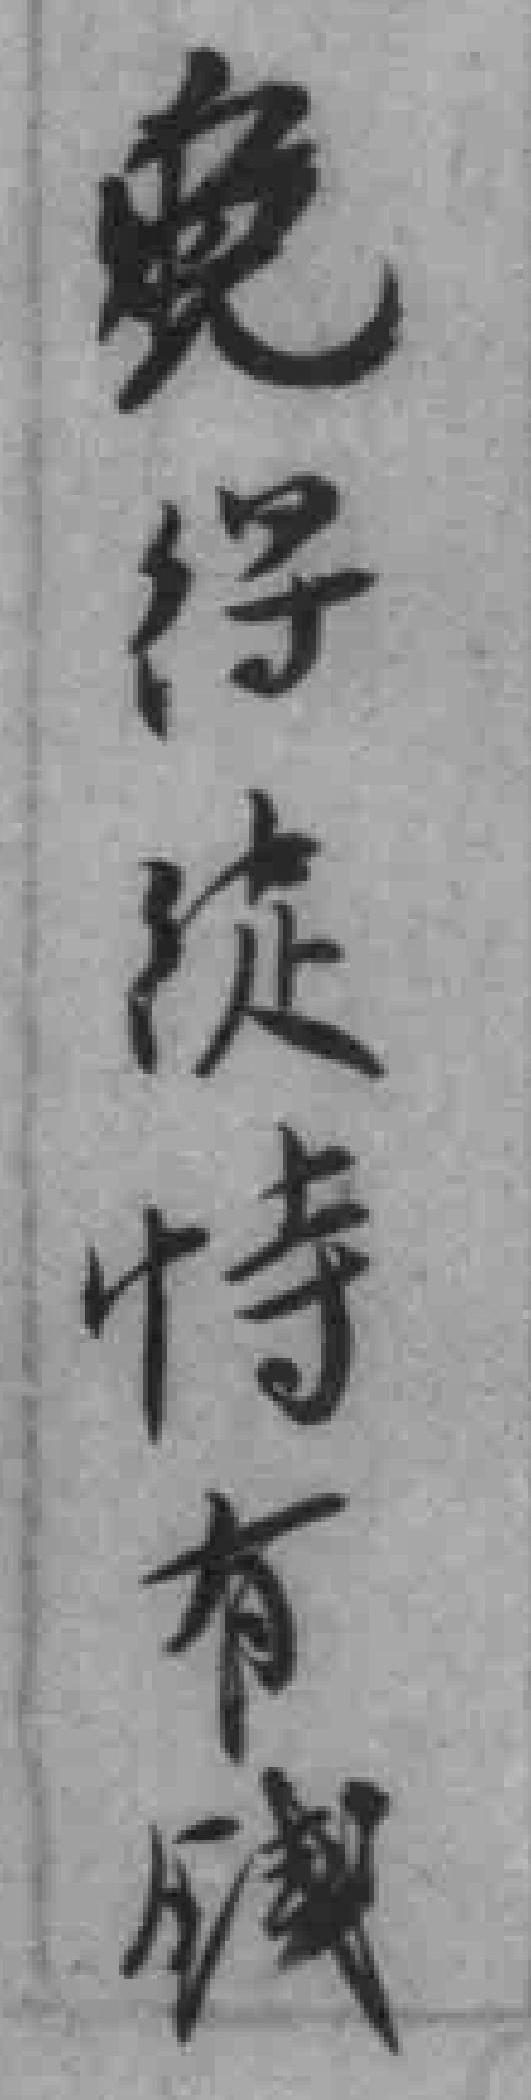
免得從恃有銭